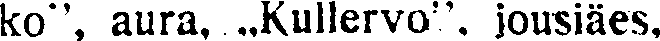
ko", aura, „Kullervo", jousiäes.